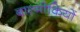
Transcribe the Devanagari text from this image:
बाल्मीकियों